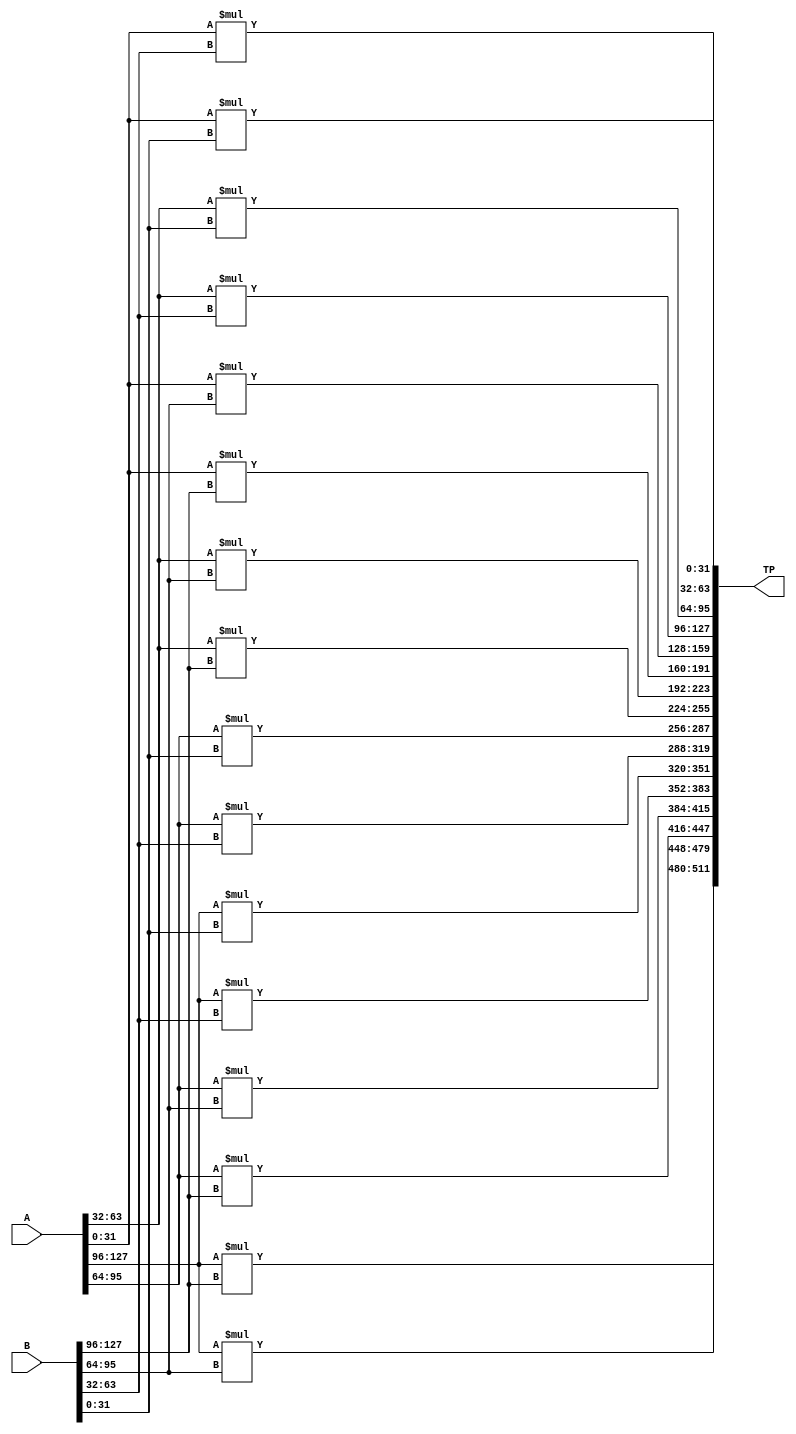
module matrix_kronecker #(parameter word_size = 32,
                        parameter Amatrixrownum = 2,
                        parameter Amatrixcolnum = 2,
                        parameter Bmatrixrownum = 2,
                        parameter Bmatrixcolnum = 2)(
    input   wire [(Amatrixcolnum * Amatrixrownum) * word_size - 1 : 0]A,
    input   wire [(Bmatrixcolnum * Bmatrixrownum) * word_size - 1 : 0]B,
    output  wire [(Amatrixcolnum * Amatrixrownum) * (Bmatrixcolnum * Bmatrixrownum) * word_size - 1 : 0]TP
);

    wire    [(word_size-1):0] Amatrix [0:Amatrixrownum - 1][0:Amatrixcolnum - 1];
    wire    [(word_size-1):0] Bmatrix [0:Bmatrixrownum - 1][0:Bmatrixcolnum - 1];
    wire    [(word_size-1):0] tensorproduct[Amatrixrownum * Bmatrixrownum - 1:0][ Bmatrixcolnum * Amatrixcolnum - 1:0];
    
genvar x, y, z, w;
genvar i, j;
genvar Amatrixrowindex, Amatrixcolindex;
genvar Bmatrixrowindex, Bmatrixcolindex;
generate
    // input vector A, B conversion to Matrices Amatrix Bmatrix //
    for (Amatrixrowindex = 0; Amatrixrowindex < Amatrixrownum; Amatrixrowindex = Amatrixrowindex + 1) begin : kron_mat_A_gen_block_1
        for (Amatrixcolindex = 0; Amatrixcolindex < Amatrixcolnum; Amatrixcolindex = Amatrixcolindex + 1) begin : kron_mat_A_gen_block_2
                assign Amatrix[Amatrixrowindex][Amatrixcolindex] = A[(Amatrixcolnum * Amatrixrownum) * word_size - 1 - (Amatrixcolnum * Amatrixrowindex + Amatrixcolindex) * word_size : (Amatrixcolnum * Amatrixrownum) * word_size -1 - (Amatrixcolnum * Amatrixrowindex + Amatrixcolindex) * word_size  - (word_size-1)]; 
        end
    end
    for (Bmatrixrowindex = 0; Bmatrixrowindex < Bmatrixrownum; Bmatrixrowindex = Bmatrixrowindex + 1) begin : kron_mat_B_gen_block_1
        for (Bmatrixcolindex = 0; Bmatrixcolindex < Bmatrixcolnum; Bmatrixcolindex = Bmatrixcolindex + 1) begin : kron_mat_B_gen_block_2
                assign Bmatrix[Bmatrixrowindex][Bmatrixcolindex] = B[(Bmatrixcolnum * Bmatrixrownum) * word_size - 1 - (Bmatrixcolnum * Bmatrixrowindex + Bmatrixcolindex) * word_size : (Bmatrixcolnum * Bmatrixrownum) * word_size -1 - (Bmatrixcolnum * Bmatrixrowindex + Bmatrixcolindex) * word_size  - (word_size-1)];   
        end
    end
    // calculating the kronecker //
    for(x=0; x<Amatrixrownum; x=x+1) begin : kron_mat_tensorproduct_gen_block_1
        for(y=0; y<Amatrixcolnum; y=y+1) begin : kron_mat_tensorproduct_gen_block_2
            for(z=0; z<Bmatrixrownum; z=z+1) begin : kron_mat_tensorproduct_gen_block_3
                    for(w=0; w<Bmatrixcolnum; w=w+1)begin : kron_mat_tensorproduct_gen_block_4
                    //A is an m x n matrix
                    //B is a p x q matrix
                    //A ? B is an (m * p) x (n * q) matrix
                    //(A ? B)(i * p + k, j * q + l) = A(i, j) * B(k, l)
                    assign tensorproduct[x*Bmatrixrownum+z][y*Bmatrixcolnum+w] = Amatrix[x][y] * Bmatrix[z][w]; 
                end
            end
        end
    end
    // converting tensorproduct from matrix to vector //
    for(i=0; i<Amatrixrownum*Amatrixcolnum; i=i+1)begin : kron_mat_TP_gen_block_1
        for(j=0; j<Bmatrixrownum*Bmatrixcolnum; j=j+1)begin : kron_mat_TP_gen_block_2
            assign TP[(Amatrixcolnum * Bmatrixcolnum * Amatrixcolnum * Bmatrixcolnum * word_size - 1) - (((Amatrixcolnum * Bmatrixcolnum) * i) + j) * word_size : (Amatrixcolnum * Bmatrixcolnum * Amatrixcolnum * Bmatrixcolnum * word_size - 1) - (((Amatrixcolnum * Bmatrixcolnum) * i) + j) * word_size  - (word_size-1)] = tensorproduct[i][j];
        end
    end
endgenerate
endmodule